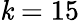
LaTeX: \mathit{k}=15